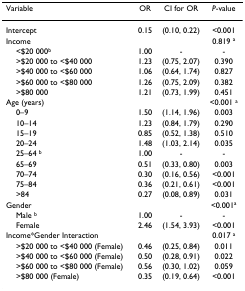
<table><thead><tr><td><b>Variable</b></td><td><b>OR</b></td><td><b>CI for OR</b></td><td><b><i>P</i>-value</b></td></tr></thead><tbody><tr><td>Intercept</td><td>0.15</td><td>(0.10, 0.22)</td><td>&lt;0.001</td></tr><tr><td>Income</td><td></td><td></td><td>0.819 <sup>a</sup></td></tr><tr><td> &lt;$20 000<sup>b</sup></td><td>1.00</td><td>-</td><td>-</td></tr><tr><td> &gt;$20 000 to &lt;$40 000</td><td>1.23</td><td>(0.75, 2.07)</td><td>0.390</td></tr><tr><td> &gt;$40 000 to &lt;$60 000</td><td>1.06</td><td>(0.64, 1.74)</td><td>0.827</td></tr><tr><td> &gt;$60 000 to &lt;$80 000</td><td>1.26</td><td>(0.75, 2.09)</td><td>0.382</td></tr><tr><td> &gt;$80 000</td><td>1.21</td><td>(0.73, 1.99)</td><td>0.451</td></tr><tr><td>Age (years)</td><td></td><td></td><td>&lt;0.001 <sup>a</sup></td></tr><tr><td> 0–9</td><td>1.50</td><td>(1.14, 1.96)</td><td>0.003</td></tr><tr><td> 10–14</td><td>1.23</td><td>(0.84, 1.79)</td><td>0.290</td></tr><tr><td> 15–19</td><td>0.85</td><td>(0.52, 1.38)</td><td>0.510</td></tr><tr><td> 20–24</td><td>1.48</td><td>(1.03, 2.14)</td><td>0.035</td></tr><tr><td> 25–64 <sup>b</sup></td><td>1.00</td><td>-</td><td>-</td></tr><tr><td> 65–69</td><td>0.51</td><td>(0.33, 0.80)</td><td>0.003</td></tr><tr><td> 70–74</td><td>0.30</td><td>(0.16, 0.56)</td><td>&lt;0.001</td></tr><tr><td> 75–84</td><td>0.36</td><td>(0.21, 0.61)</td><td>&lt;0.001</td></tr><tr><td> &gt;84</td><td>0.27</td><td>(0.08, 0.89)</td><td>0.031</td></tr><tr><td>Gender</td><td></td><td></td><td>&lt;0.001<sup>a</sup></td></tr><tr><td> Male <sup>b</sup></td><td>1.00</td><td>-</td><td>-</td></tr><tr><td> Female</td><td>2.46</td><td>(1.54, 3.93)</td><td>&lt;0.001</td></tr><tr><td>Income*Gender Interaction</td><td></td><td></td><td>0.017 <sup>a</sup></td></tr><tr><td> &gt;$20 000 to &lt;$40 000 (Female)</td><td>0.46</td><td>(0.25, 0.84)</td><td>0.011</td></tr><tr><td> &gt;$40 000 to &lt;$60 000 (Female)</td><td>0.50</td><td>(0.28, 0.91)</td><td>0.022</td></tr><tr><td> &gt;$60 000 to &lt;$80 000 (Female)</td><td>0.56</td><td>(0.30, 1.02)</td><td>0.059</td></tr><tr><td> &gt;$80 000 (Female)</td><td>0.35</td><td>(0.19, 0.64)</td><td>&lt;0.001</td></tr></tbody></table>